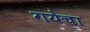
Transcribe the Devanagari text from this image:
गयेचा